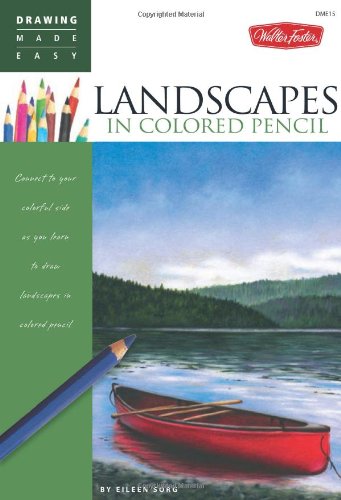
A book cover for Landscapes in Colored Pencil: Connect to your colorful side as you learn to draw landscapes in colored pencil (Drawing Made Easy); Eileen Sorg; Arts & Photography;